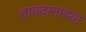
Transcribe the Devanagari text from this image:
तावदानाच्या